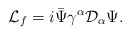
\begin{align*}{\cal L}_{f} = i \bar{\Psi}\gamma^{\alpha}{\cal D}_{\alpha} \Psi.\end{align*}